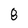
Character: 8